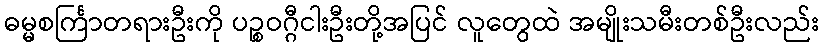
ဓမ္မစင်္ကြာတရားဦးကို ပဉ္စဝဂ္ဂီငါးဦးတို့အပြင် လူတွေထဲ အမျိုးသမီးတစ်ဦးလည်း